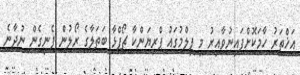
އަޚްތަރު ހާމަކޮށްފައިނުވާއިރު މި ފިލްމުގައު ޕްރިޔަންކާ ޗޯޕްޅާ ބަތަލާގެ ރޯލުން ފެނިގެން ނުދާނެ